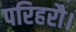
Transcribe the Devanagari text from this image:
परिहरौ।